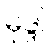
မုဒ္ဒါ